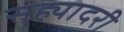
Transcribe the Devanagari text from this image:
सह्यादरी